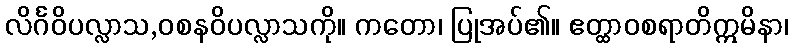
လိင်္ဂဝိပလ္လာသ,ဝစနဝိပလ္လာသကို။ ကတော၊ ပြုအပ်၏။ ဧတ္ထာဝစရာတိဣမိနာ၊